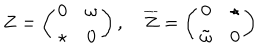
Z = \left( \begin{array} { c c } { { 0 } } & { { \omega } } \\ { { \star } } & { { 0 } } \\ \end{array} \right) , \quad { \overline { { Z } } } = \left( \begin{array} { c c } { { 0 } } & { { \star } } \\ { { { \tilde { \omega } } } } & { { 0 } } \\ \end{array} \right)